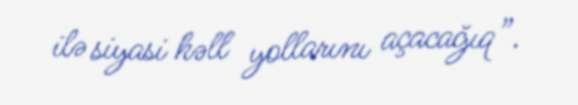
ilə siyasi həll yollarını açacağıq”.